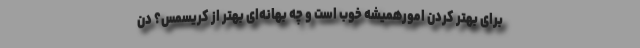
برای بهتر کردن امورهمیشه خوب است و چه بهانه‌ای بهتر از کریسمس؟ دن